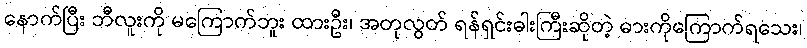
နောက်ပြီး ဘီလူးကို မကြောက်ဘူး ထားဦး၊ အတုလွတ် ရန်ရှင်းဓါးကြီးဆိုတဲ့ ဓားကိုကြောက်ရသေး၊